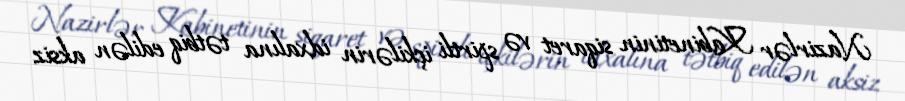
Nazirlər Kabinetinin siqaret və spirtli içkilərin idxalına tətbiq edilən aksiz